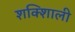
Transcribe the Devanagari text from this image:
शक्शिाली